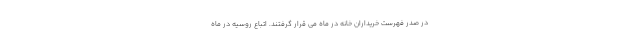
در صدر فهرست خریداران خانه در ماه می قرار گرفتند. اتباع روسیه در ماه